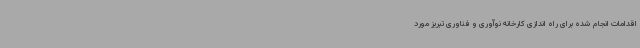
اقدامات انجام شده برای راه اندازی کارخانه نوآوری و فناوری تبریز مورد